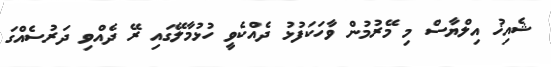
ޝެއިޚު އިލްޔާސް މި މޭރުމުން ވާހަކަފުޅު ދެއްކެވީ ހުޅުމާލޭގައި ރޭ ދެއްވި ދަރުސެއްގަ